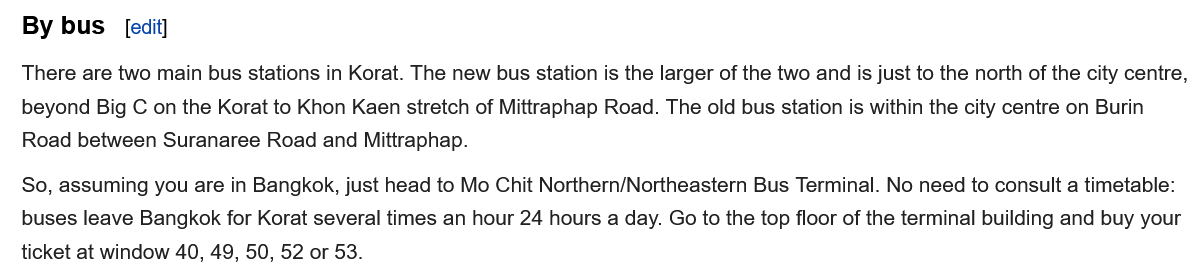
By bus
  There are two main bus stations in Korat. The new bus station is the larger of the two and is just to the north of the city centre,
   beyond Big C on the Korat to Khon Kaen stretch of Mittraphap Road. The old bus station is within the city centre on Burin
   Road between Suranaree Road and Mittraphap.
  So, assuming you are in Bangkok, just head to Mo Chit Northern/Northeastern Bus Terminal. No need to consult a timetable:
   buses leave Bangkok for Korat several times an hour 24 hours a day. Go to the top floor of the terminal building and buy your
  ticket at window 40, 49, 50, 52 or 53.